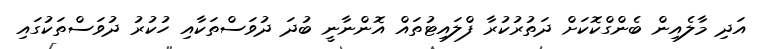
އަދި މާލެއިން ބެންގްކޮކަށް ދަތުރުކުރާ ފްލައިޓުތައް އޮންނާނީ ބުދަ ދުވަސްތަކާއި ހުކުރު ދުވަސްތަކުގައި